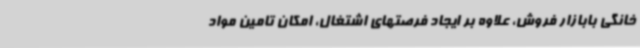
خانگی بابازار فروش، علاوه بر ایجاد فرصتهای اشتغال، امکان تامین مواد